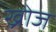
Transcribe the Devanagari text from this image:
ख्रोज